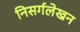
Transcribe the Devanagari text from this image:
निसर्गलेखन